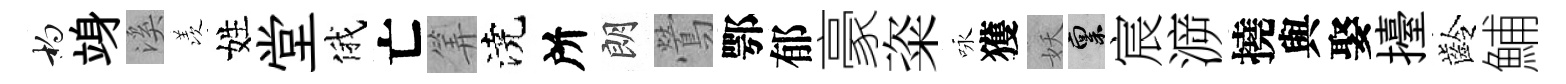
杓竧溪羡姓堂俄亡筭澆所朗鶯鄂郁豪粢咏獲妖禀宸㴑撓與娶擡齡鯆